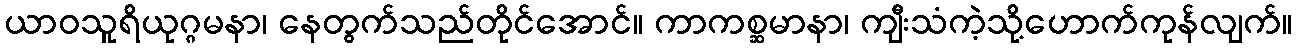
ယာဝသူရိယုဂ္ဂမနာ၊ နေတွက်သည်တိုင်အောင်။ ကာကစ္ဆမာနာ၊ ကျီးသံကဲ့သို့ဟောက်ကုန်လျက်။